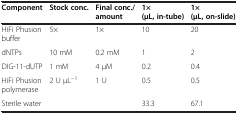
<table><thead><tr><td><b>Component</b></td><td><b>Stock conc.</b></td><td><b>Final conc./amount</b></td><td><b>1× (μL, in-tube)</b></td><td><b>1× (μL, on-slide)</b></td></tr></thead><tbody><tr><td>HiFi Phusion buffer</td><td>5×</td><td>1×</td><td>10</td><td>20</td></tr><tr><td>dNTPs</td><td>10 mM</td><td>0.2 mM</td><td>1</td><td>2</td></tr><tr><td>DIG-11-dUTP</td><td>1 mM</td><td>4 μM</td><td>0.2</td><td>0.4</td></tr><tr><td>HiFi Phusion polymerase</td><td>2 U μL<sup>−1</sup></td><td>1 U</td><td>0.5</td><td>0.5</td></tr><tr><td>Sterile water</td><td> </td><td> </td><td>33.3</td><td>67.1</td></tr></tbody></table>